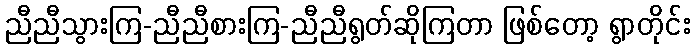
ညီညီသွားကြ-ညီညီစားကြ-ညီညီရွတ်ဆိုကြတာ ဖြစ်တော့ ရွာတိုင်း